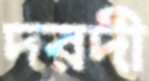
দরদী